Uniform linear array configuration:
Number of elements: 16
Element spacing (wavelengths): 1
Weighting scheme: hamming
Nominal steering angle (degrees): -45
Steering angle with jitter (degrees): -43.268
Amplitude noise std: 0.05
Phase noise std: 0.05

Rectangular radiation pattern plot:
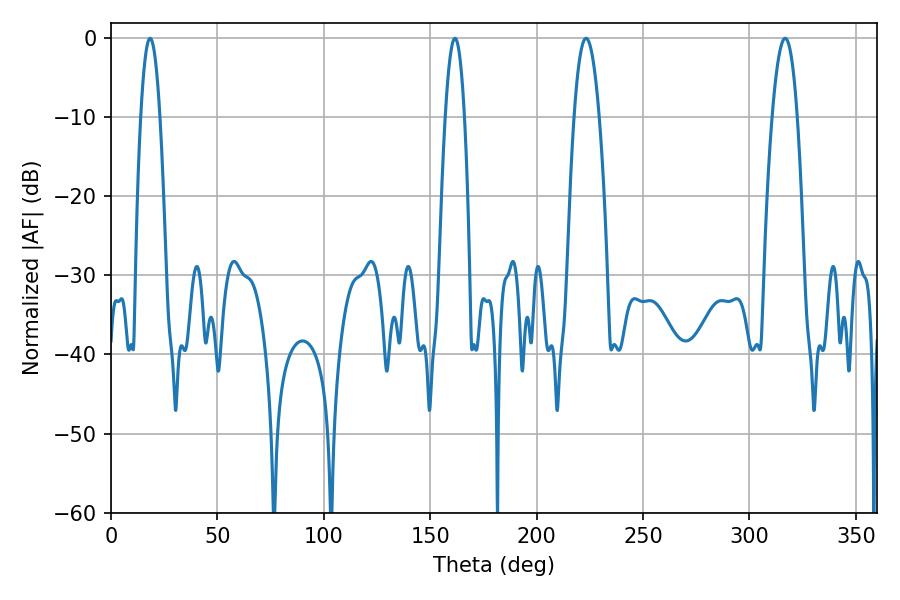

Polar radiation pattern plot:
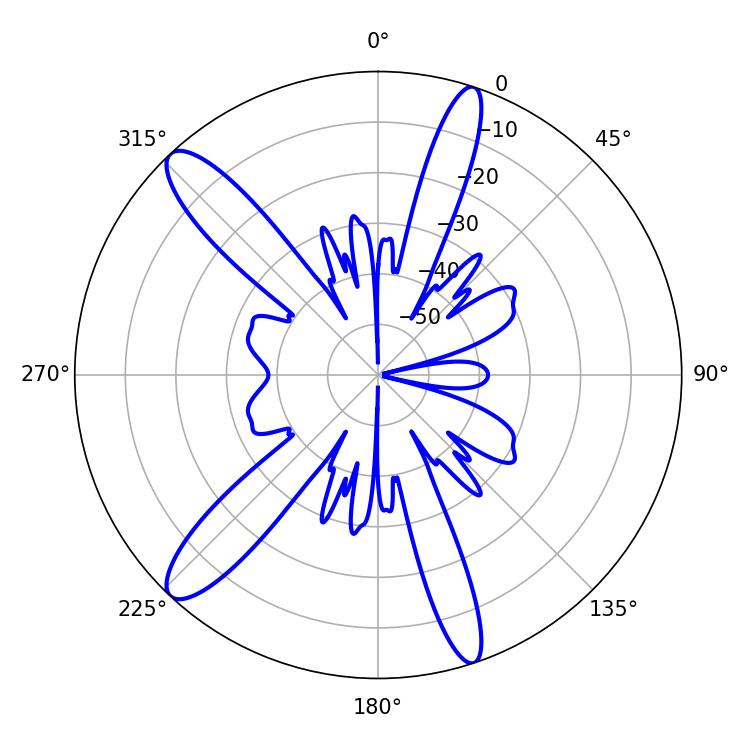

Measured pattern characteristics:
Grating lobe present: TRUE
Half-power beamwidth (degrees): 4.86
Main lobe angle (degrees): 18.36